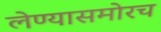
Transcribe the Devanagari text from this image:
लेण्यासमोरच